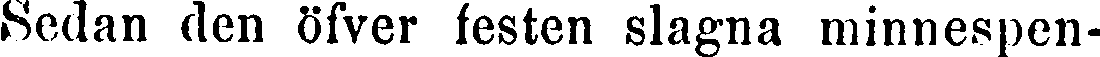
Sedan den öfver festen slagna minnespen-